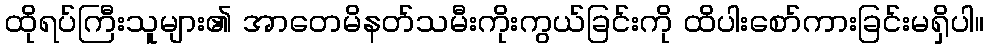
ထိုရပ်ကြီးသူများ၏ အာတေမိနတ်သမီးကိုးကွယ်ခြင်းကို ထိပါးစော်ကားခြင်းမရှိပါ။